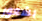
بشعور